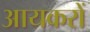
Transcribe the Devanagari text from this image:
आयकरों